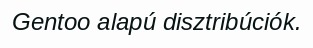
Gentoo alapú disztribúciók.